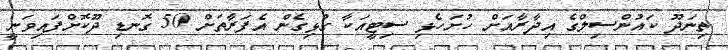
ތިނަދޫ ކައުންސިލްގެ އިދާރާއަށް ހުށަހެޅި ސިޓީއަކާ ގުޅިގެން އެފަރާތަށް 50 ގޮނޑި ދޫކޮށްފައިވަނީ